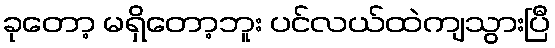
ခုတော့ မရှိတော့ဘူး ပင်လယ်ထဲကျသွားပြီ